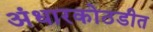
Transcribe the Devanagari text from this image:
अंधारकोठडीत